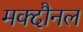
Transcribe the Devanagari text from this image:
मक्दौनल